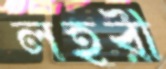
লহরী